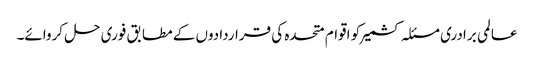
عالمی برادری مسئلہ کشمیر کو اقوام متحدہ کی قراردادوں کے مطابق فوری حل کروائے۔